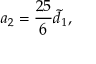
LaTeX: a _ { 2 } = \frac { 2 5 } { 6 } \widetilde { d } _ { 1 } ,